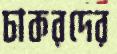
চাকরদের